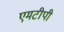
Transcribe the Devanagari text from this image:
एमटीपी